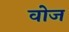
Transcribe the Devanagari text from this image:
वोज